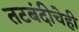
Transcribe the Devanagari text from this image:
तटबंदीचेही